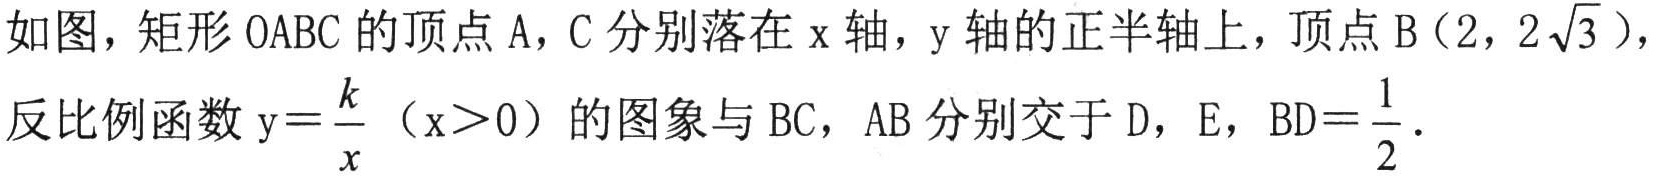
如图，矩形\(OABC\)的顶点\(A\)，\(C\)分别落在\(x\)轴，\(y\)轴的正半轴上，顶点\(B(2,2\sqrt{3})\)，反比例函数\(y = \frac{k}{x}\)（\(x>0\)）的图象与\(BC\)，\(AB\)分别交于\(D\)，\(E\)，\(BD=\frac{1}{2}\).